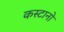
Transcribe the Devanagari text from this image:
कस्टानो